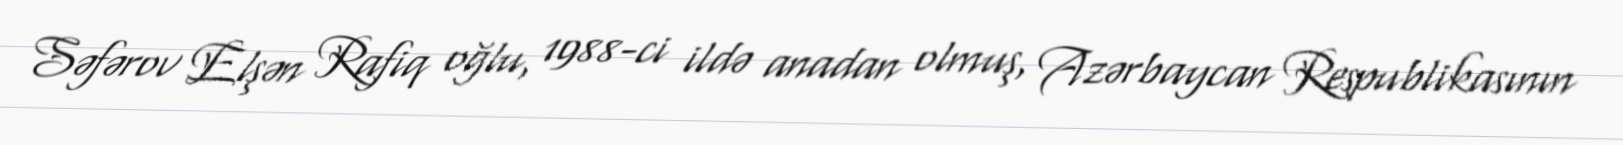
Səfərov Elşən Rafiq oğlu, 1988-ci ildə anadan olmuş, Azərbaycan Respublikasının